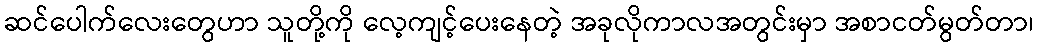
ဆင်ပေါက်လေးတွေဟာ သူတို့ကို လေ့ကျင့်ပေးနေတဲ့ အခုလိုကာလအတွင်းမှာ အစာငတ်မွတ်တာ၊